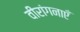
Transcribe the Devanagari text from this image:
वीरांगनाएँ